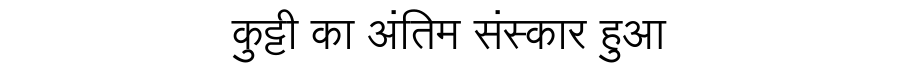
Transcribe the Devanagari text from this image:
कुट्टी का अंतिम संस्कार हुआ